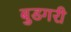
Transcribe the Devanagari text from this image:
बुडगरी